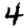
Digit: 4